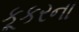
કૂકરના